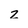
Character: z